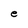
Character: e